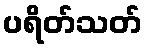
ပရိတ်သတ်